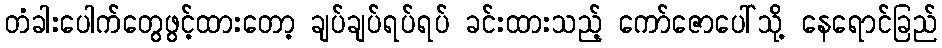
တံခါးပေါက်တွေဖွင့်ထားတော့ ချပ်ချပ်ရပ်ရပ် ခင်းထားသည့် ကော်ဇောပေါ်သို့ နေရောင်ခြည်